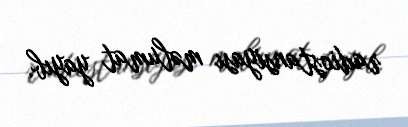
radiostansiyası məlumat yayıb.